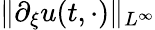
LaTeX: \| \partial_{\xi}u(t,\cdot)\| _{L^{\infty}}